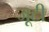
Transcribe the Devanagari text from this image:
जूटी